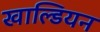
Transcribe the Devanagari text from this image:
खाल्डियन